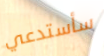
سأستدعي